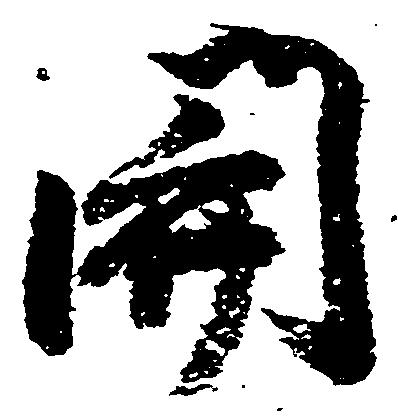
関